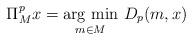
LaTeX: \begin{align*} \Pi_M^p x = \underset{m\in M}{\mathrm{arg \ min}}\ D_p(m,x) \end{align*}